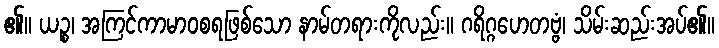
၏။ ယဉ္စ၊ အကြင်ကာမာဝစရဖြစ်သော နာမ်တရားကိုလည်း။ ဂရိဂ္ဂဟေတဗ္ဗံ၊ သိမ်းဆည်းအပ်၏။